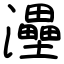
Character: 灅